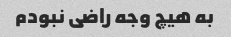
به هیچ وجه راضی نبودم